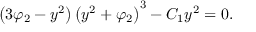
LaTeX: \left( 3 \varphi _ { 2 } - y ^ { 2 } \right) \left( y ^ { 2 } + \varphi _ { 2 } \right) ^ { 3 } - C _ { 1 } y ^ { 2 } = 0 .